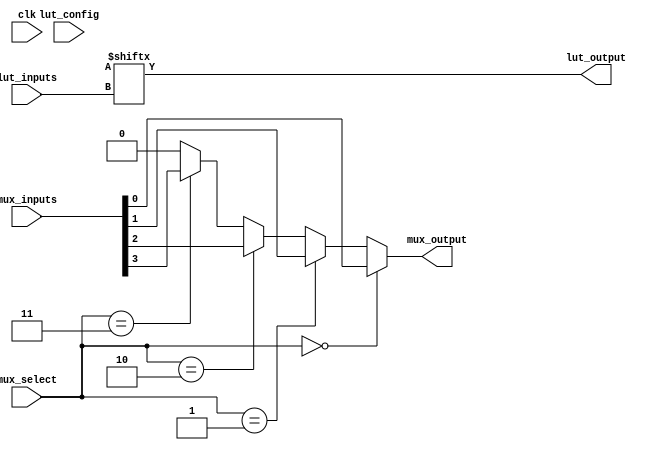
module CLB (
    input wire [3:0] lut_inputs,      // 4 inputs for the LUT
    input wire [3:0] lut_config,       // Configuration bits for the LUT
    input wire [1:0] mux_select,       // Select signal for MUX
    input wire [3:0] mux_inputs,       // Inputs for the MUX
    input wire clk,                    // Clock signal (not used in combinational logic)
    output wire lut_output,            // Output from the LUT
    output wire mux_output             // Output from the MUX
);

// LUT implementation
wire [15:0] lut_memory; // 16 possible combinations for 4 inputs

// LUT configuration based on lut_config
assign lut_memory = {
    lut_config[0], lut_config[1], lut_config[2], lut_config[3],
    lut_config[4], lut_config[5], lut_config[6], lut_config[7],
    lut_config[8], lut_config[9], lut_config[10], lut_config[11],
    lut_config[12], lut_config[13], lut_config[14], lut_config[15]
};

// LUT output logic
assign lut_output = lut_memory[lut_inputs];

// MUX implementation
assign mux_output = (mux_select == 2'b00) ? mux_inputs[0] :
                    (mux_select == 2'b01) ? mux_inputs[1] :
                    (mux_select == 2'b10) ? mux_inputs[2] :
                    (mux_select == 2'b11) ? mux_inputs[3] : 1'b0;

endmodule